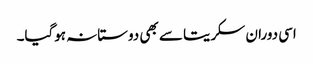
اسی دوران سکریتا سے بھی دوستانہ ہوگیا۔